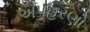
અપહરણો